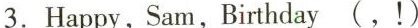
3.Happy,Sam,Birthday(,!)